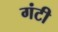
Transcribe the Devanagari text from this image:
गंटी